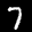
Label: 7